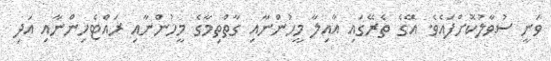
ވަނީ ސުވާލުކޮށްފައެވެ. އޭގެ ތެރޭގައި އާއިލާ މީހުންނާއި ގާތްތިމާގެ މީހުންނާއި ރައްޓެހިންނާއި އަދި